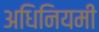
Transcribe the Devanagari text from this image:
अधिनियमी